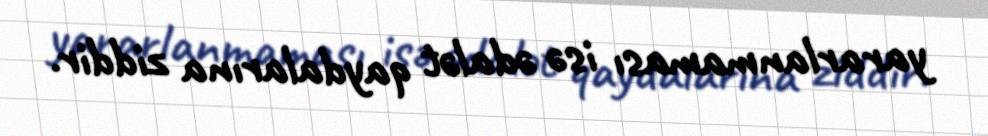
yararlanmaması isə ədalət qaydalarına ziddir.